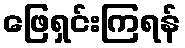
ဖြေရှင်းကြရန်